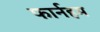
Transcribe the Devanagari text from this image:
फार्नहम